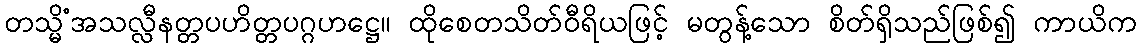
တသ္မိံအသလ္လီနတ္တပဟိတ္တပဂ္ဂဟဋ္ဌေ။ ထိုစေတသိတ်ဝီရိယဖြင့် မတွန့်သော စိတ်ရှိသည်ဖြစ်၍ ကာယိက